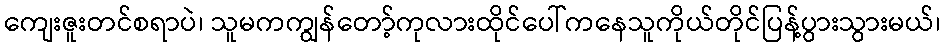
ကျေးဇူးတင်စရာပဲ၊ သူမကကျွန်တော့်ကုလားထိုင်ပေါ်ကနေသူကိုယ်တိုင်ပြန့်ပွားသွားမယ်၊